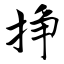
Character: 挣